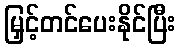
မြှင့်တင်ပေးနိုင်ပြီး